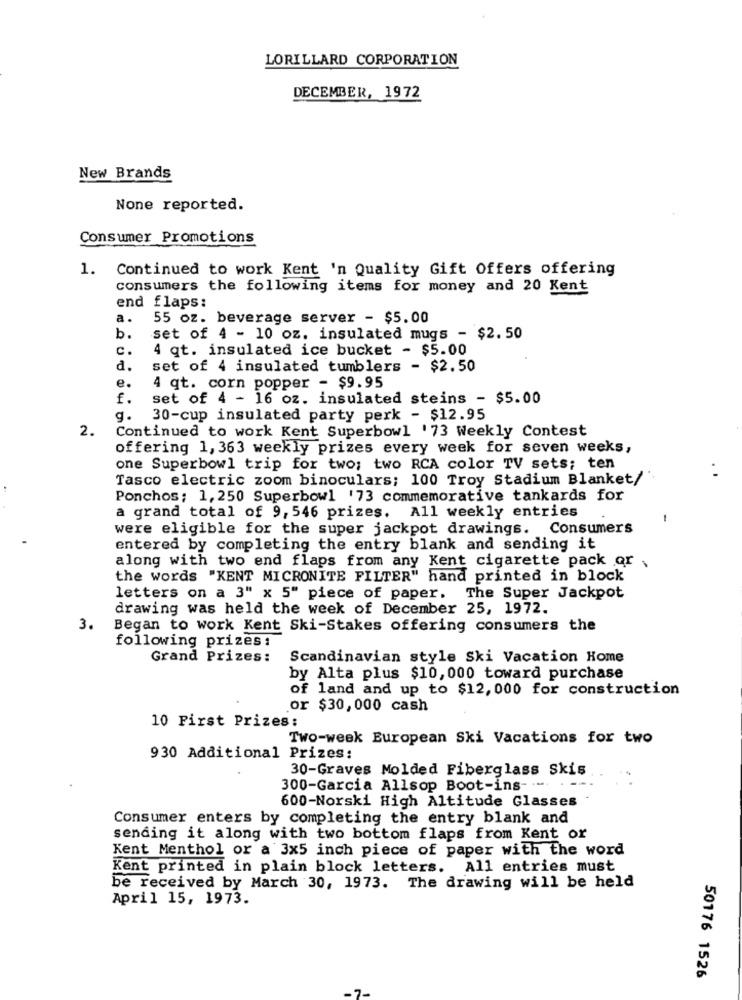
LORILLARD CORPORATION
DECEMBER, 1972
New Brands
None reported.
Consumer Promotions
1. Continued to work Kent 'n Quality Gift Offers offering
consumers the following items for money and 20 Kent
end flaps:
a.
55 oz. beverage server - $5.00
b.
set of 4 - 10 oz. insulated mugs - $2. 50
c.
4 qt. insulated ice bucket - $5.00
d.
set of 4 insulated tumblers - $2.50
e.
4 qt. corn popper - $9.95
f.
set of 4 - 16 oz. insulated steins - $5.00
g. 30-cup insulated party perk - $12.95
2.
Continued to work Kent Superbowl '73 Weekly Contest
offering 1, 363 weekly prizes every week for seven weeks,
one Superbowl trip for two; two RCA color TV sets; ten
Tasco electric zoom binoculars; 100 Troy Stadium Blanket/
Ponchos; 1,250 Superbowl '73 commemorative tankards for
a grand total of 9, 546 prizes. All weekly entries
-
were eligible for the super jackpot drawings. Consumers
entered by completing the entry blank and sending it
along with two end flaps from any Kent cigarette pack or
the words "KENT MICRONITE FILTER" hand printed in block
letters on a 3" x 5" piece of paper. The Super Jackpot
drawing was held the week of December 25, 1972.
3.
Began to work Kent Ski-Stakes offering consumers the
following prizes:
Grand Prizes:
Scandinavian style Ski Vacation Home
by Alta plus $10, 000 toward purchase
of land and up to $12, 000 for construction
or $30,000 cash
10 First Prizes:
Two-week European Ski Vacations for two
930 Additional Prizes:
30-Graves Molded Fiberglass Skis
300-Garcia Allsop Boot-ins- --.
600-Norski High Altitude Glasses
Consumer enters by completing the entry blank and
sending it along with two bottom flaps from Kent or
Kent Menthol or a 3x5 inch piece of paper with the word
Kent printed in plain block letters. All entries must
be received by March 30, 1973. The drawing will be held
April 15, 1973.
50176 1526